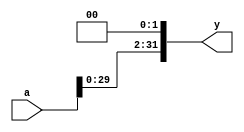
module Left_Shifter (
    input [31:0] a,
    output [31:0] y
);
    
    // Shifting left by 2
    assign y ={a[29:0],2'b00};
endmodule